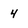
Character: 4